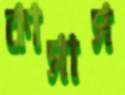
কাসাস